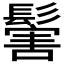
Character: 𩮝